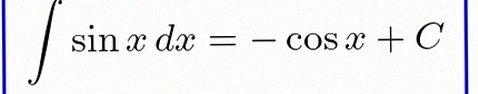
\int \sin x\,dx=-\cos x+C